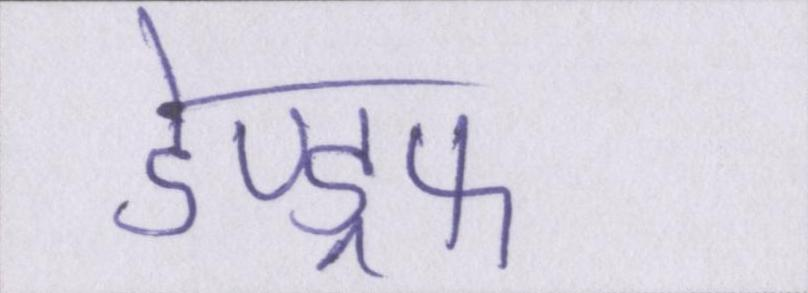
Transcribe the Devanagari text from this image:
डेण्ड्रफ